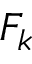
F _ { k }